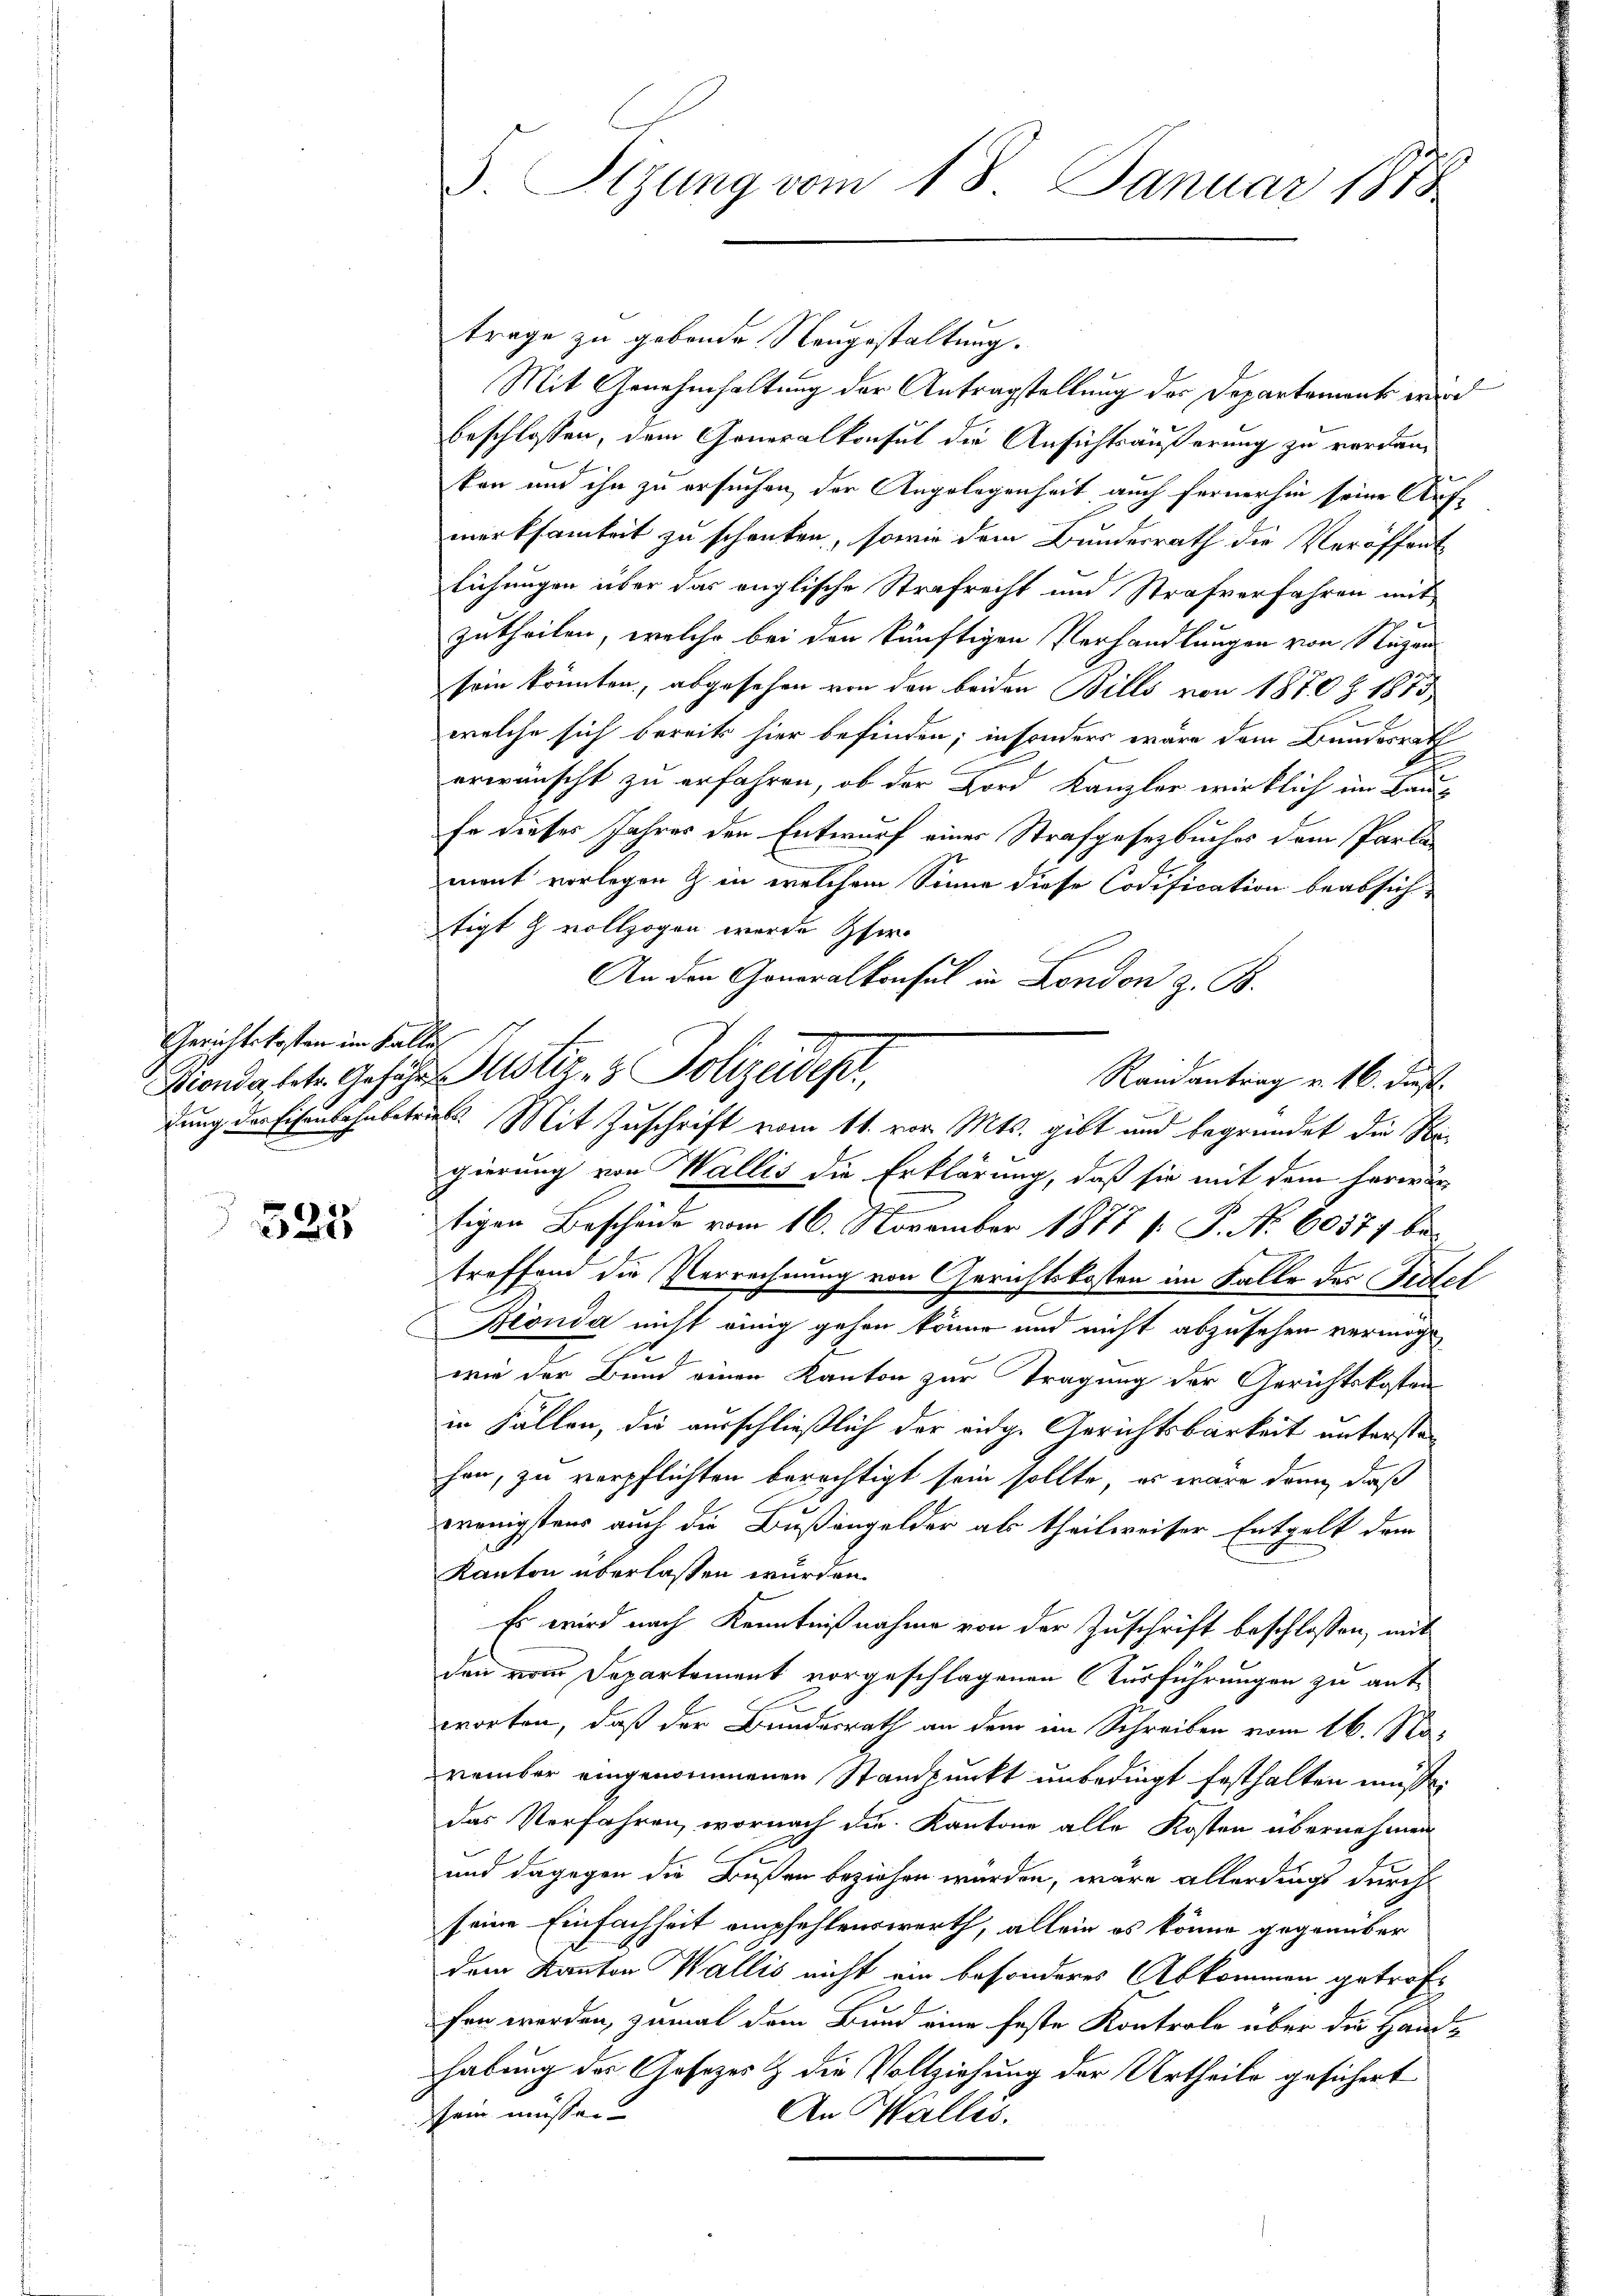
Gerichtskosten im Falle

325

Sizung vom 18. Januar 1878

trage zu gebende Neugestaltung.
Mit Genehmhaltung der Antragstellung der Departement wird
beschlossen, dem Generalkonsul die Ansichtsäußerung zu verdankon und ihn zu ersuchen der Angelegenheit auch fernerhin seine Auf-
merksamkeit zu schenken, sowie dem Bundesrath die Veröffent
lichungen über das englische Strafrecht und Strafverfahren mit
zutheilen, welche bei den künftigen Verhandlungen von Segen
sein könnten, abgesehen von den beiden Bills von 1870 Z. 1875,
welche sich bereits hier befinden; insonders wäre dem Bundesrath
erwünscht zu erfahren, ob der Bord Kanzler wirklich im Baufe dieses Jahres den Entwurf einer Strafgesetzbuches dem Parla
ment vorlegen z. in welchem Sinne diese Codification beabsichtigt & vollzogen wurde Eher
An den Generalkonsul in London z. B.
Randantrag v. 16. dies
dung der Eisenbahnbetrieb. Mit Zuschrift vom 11. vor. Mts. gibt und begründet die Regierung von Wallis die Erklärung, daß sie mit dem Herordn
tigen Bescheide vom 16. November 1877 [ P. Nr. 60577 bi
treffend die Verrechnung von Gerichtskosten im Falle des Seitet
Beonda nicht einig gehen könne und nicht abzusehen vermöge
2
wie der Bund einen Kanton zur Tragung der Gerichtskosten
in Fällen, die ausschließlich der eidge Gerichtsbarkeit unterstehan, zu verpflichten berechtigt sein sollte, es wäre dann, daß
wenigstens auch die Bußengelder als theilweiser Entgelt dem
Kanton überlassen wurden.
Es wird nach Kenntnißnahme von der Zuschrift beschlossen, mit
den vom Departement vorgeschlagenen Ausführungen zu antf
worten, daß der Bundesrath an dem im Schreiben vom 16. November eingenommenen Standpunkt unbedingt festhalten müsse.
das Verfahren, wornach die Kantone alle Kosten übernehmen
und dagegen die Bußen beziehen würden, wäre allerdings durch
seine Einfachheit empfehlenswerth, allein es könne gegenüber
dem Kanton Wallis nicht ein besonderes Abkommen getroff
fen werden, zumal dem Bund eine feste Kontrole über die Handhabung des Gesetzes & die Vollziehung der Urtheile gesichert
sein müssen?
An Walles.

Kionda betr. Geführ Justiz- & Polizeidept,